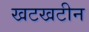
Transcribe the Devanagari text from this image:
खटखटीन